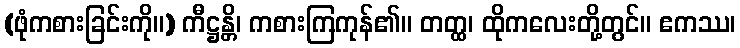
(ဖုံကစားခြင်းကို။) ကီဋ္ဌန္တိ၊ ကစားကြကုန်၏။ တတ္ထ၊ ထိုကလေးတို့တွင်။ ဧကဿ၊